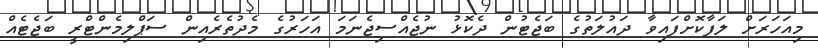
މިއަހަރަށް ލަފާކޮށްފައިވާ ދައުލަތުގެ ބަޖެޓުން ދެކޮޅު ނުޖެއްސިޖެނަމަ އަހަރުގެ މެދުތެރެއިން ސަޕްލިމެންޓްރީ ބަޖެޓެއް